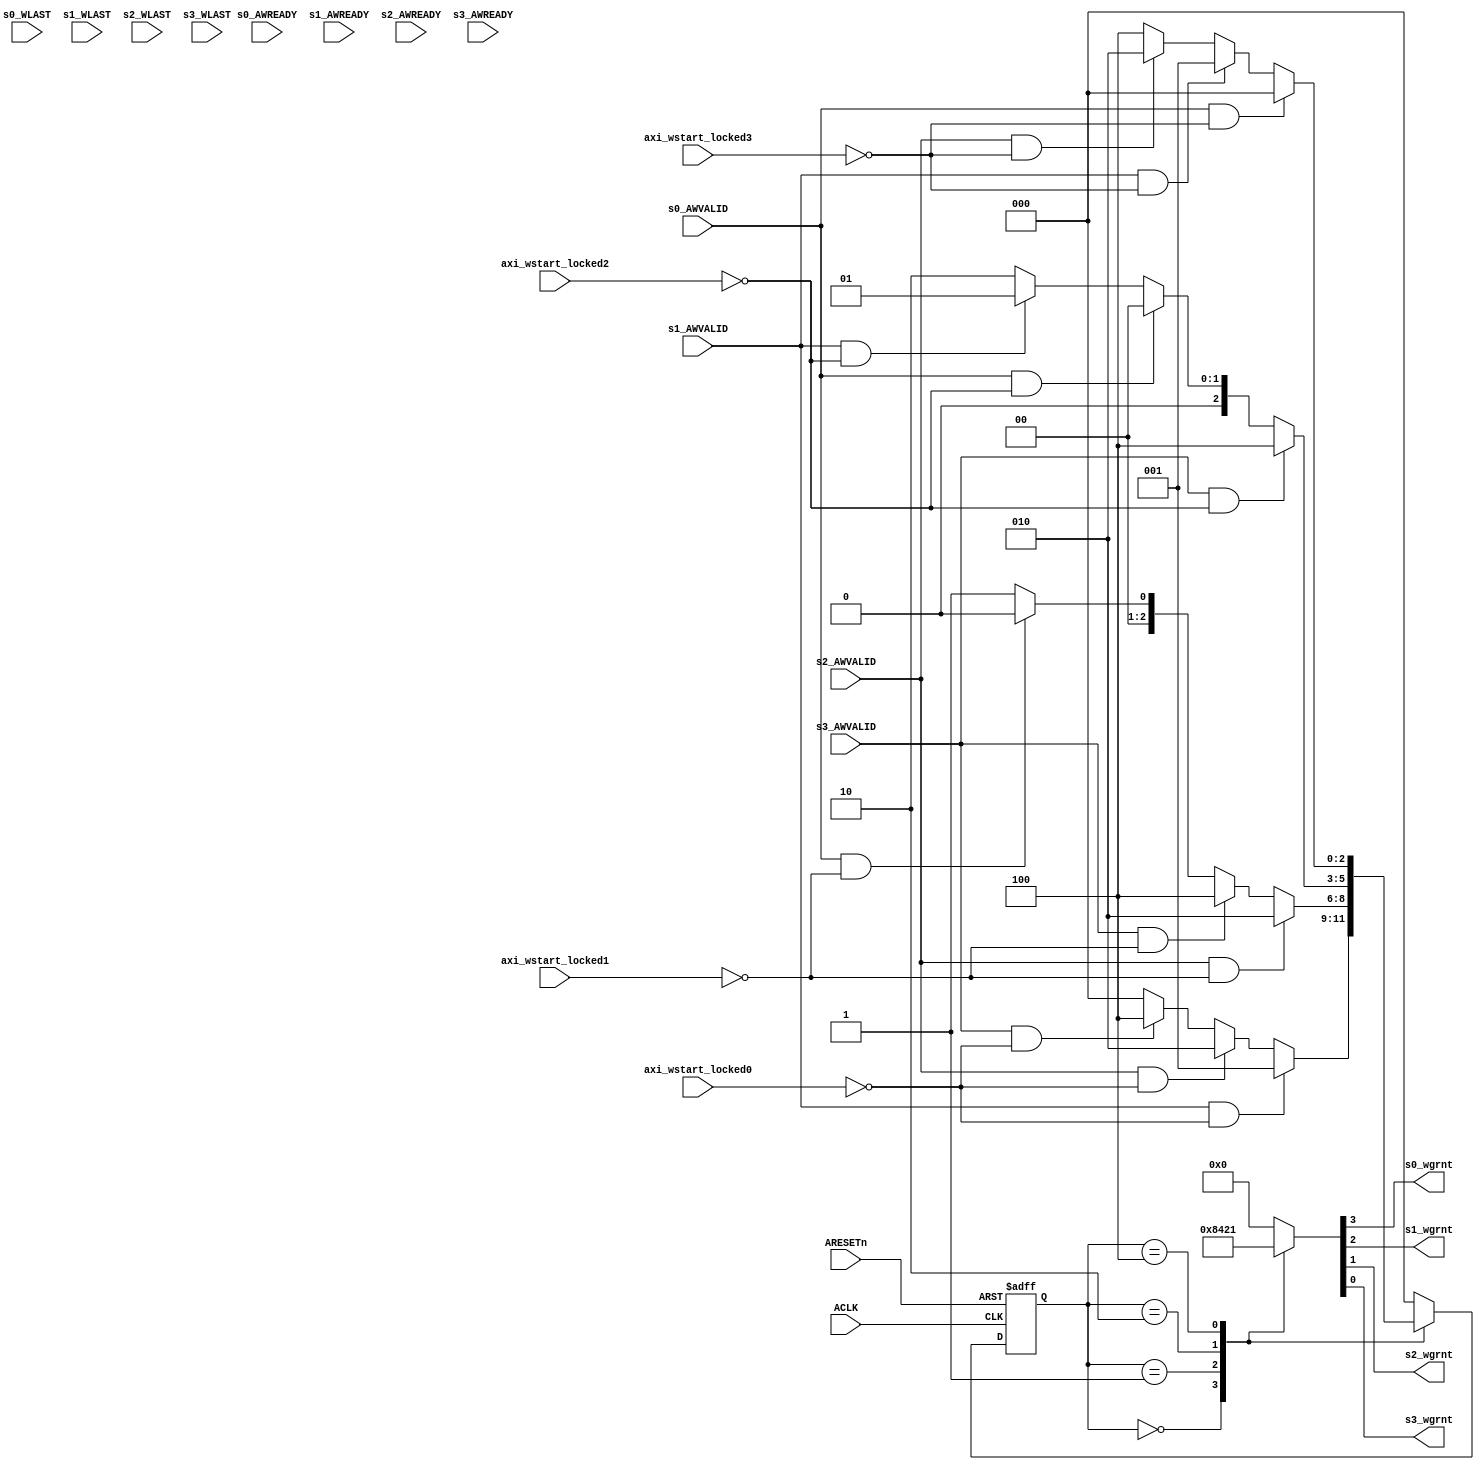
module AXI_Arbiter_W (
    /********************/
    input                               ACLK                       ,
    input                               ARESETn                    ,
    /********** 0 **********/
    input                               s0_AWVALID                 ,
    input                               s0_AWREADY                 ,
    input                               s0_WLAST                   ,
    input                               axi_wstart_locked0         ,
    /********** 1 **********/
    input                               s1_AWVALID                 ,
    input                               s1_AWREADY                 ,
    input                               s1_WLAST                   ,
    input                               axi_wstart_locked1         ,
    /********** 2 **********/
    input                               s2_AWVALID                 ,
    input                               s2_AWREADY                 ,
    input                               s2_WLAST                   ,
    input                               axi_wstart_locked2         ,
    /********** 3 **********/
    input                               s3_AWVALID                 ,
    input                               s3_AWREADY                 ,
    input                               s3_WLAST                   ,
    input                               axi_wstart_locked3         ,
    
    output reg                          s0_wgrnt                   ,
    output reg                          s1_wgrnt                   ,
    output reg                          s2_wgrnt                   ,
    output reg                          s3_wgrnt                    
);

    parameter                           AXI_MASTER_0 = 3'b000      ;
    parameter                           AXI_MASTER_1 = 3'b001      ;
    parameter                           AXI_MASTER_2 = 3'b010      ;
    parameter                           AXI_MASTER_3 = 3'b100      ;

reg                    [   2:0]         state                      ;
reg                    [   2:0]         next_state                 ;

    //---------------------------------------------------------
    //
    always @(*) begin
        case (state)
            AXI_MASTER_0: begin
                if(s1_AWVALID && ~axi_wstart_locked0)
                    next_state = AXI_MASTER_1;
                else if(s2_AWVALID && ~axi_wstart_locked0)
                    next_state = AXI_MASTER_2;
                else if(s3_AWVALID && ~axi_wstart_locked0)
                    next_state = AXI_MASTER_3;
                else
                    next_state = AXI_MASTER_0;
            end
            AXI_MASTER_1: begin
                if(s2_AWVALID && ~axi_wstart_locked1)
                    next_state = AXI_MASTER_2;
                else if(s3_AWVALID && ~axi_wstart_locked1)
                    next_state = AXI_MASTER_3;
                else if(s0_AWVALID && ~axi_wstart_locked1)
                    next_state = AXI_MASTER_0;
                else
                    next_state = AXI_MASTER_1;
            end
            AXI_MASTER_2: begin
                if(s3_AWVALID && ~axi_wstart_locked2)
                    next_state = AXI_MASTER_3;
                else if(s0_AWVALID && ~axi_wstart_locked2)
                    next_state = AXI_MASTER_0;
                else if(s1_AWVALID && ~axi_wstart_locked2)
                    next_state = AXI_MASTER_1;
                else
                    next_state = AXI_MASTER_2;
            end
            AXI_MASTER_3: begin
                if(s0_AWVALID && ~axi_wstart_locked3)
                    next_state = AXI_MASTER_0;
                else if(s1_AWVALID && ~axi_wstart_locked3)
                    next_state = AXI_MASTER_1;
                else if(s2_AWVALID && ~axi_wstart_locked3)
                    next_state = AXI_MASTER_2;
                else
                    next_state = AXI_MASTER_3;
            end
            default:
                next_state = AXI_MASTER_0;
        endcase
    end


    //---------------------------------------------------------
    //
    always @(posedge ACLK, negedge ARESETn)begin
        if(!ARESETn)
            state <= AXI_MASTER_0;
        else
            state <= next_state;
    end

    //---------------------------------------------------------
    //
    always @(*) begin
        case (state)
            AXI_MASTER_0: {s0_wgrnt,s1_wgrnt,s2_wgrnt,s3_wgrnt} = 4'b1000;
            AXI_MASTER_1: {s0_wgrnt,s1_wgrnt,s2_wgrnt,s3_wgrnt} = 4'b0100;
            AXI_MASTER_2: {s0_wgrnt,s1_wgrnt,s2_wgrnt,s3_wgrnt} = 4'b0010;
            AXI_MASTER_3: {s0_wgrnt,s1_wgrnt,s2_wgrnt,s3_wgrnt} = 4'b0001;
            default:      {s0_wgrnt,s1_wgrnt,s2_wgrnt,s3_wgrnt} = 4'b0000;
        endcase
    end

endmodule